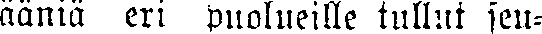
ääniä eri puolueille tullut seu-